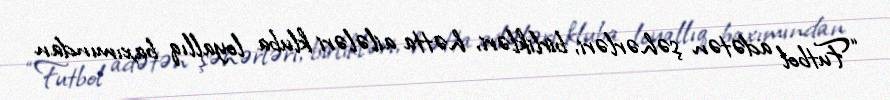
“Futbol adətən şəhərləri, birlikləri, hətta ailələri kluba loyallıq baxımından